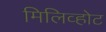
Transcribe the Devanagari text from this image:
मिलिव्होट